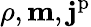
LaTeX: \rho,\mathbf{m},\mathbf{j}^{\mathrm{p}}